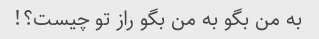
به من بگو به من بگو راز تو چیست؟!